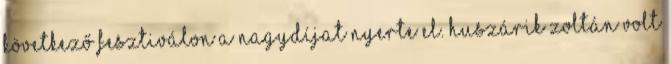
következő fesztiválon a nagydíjat nyerte el. Huszárik Zoltán volt